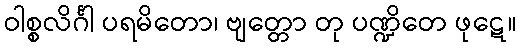
ဝါစ္စလိင်္ဂါ ပရမိတော၊ ဗျတ္တော တု ပဏ္ဍိတေ ဖုဋေ။